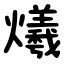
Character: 爔